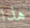
هذا